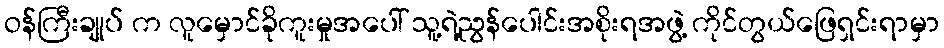
ဝန်ကြီးချုပ် က လူမှောင်ခိုကူးမှုအပေါ် သူ့ရဲ့ညွန်ပေါင်းအစိုးရအဖွဲ့ ကိုင်တွယ်ဖြေရှင်းရာမှာ